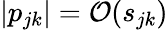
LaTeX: |p_{jk}|=\mathcal O(s_{jk})